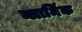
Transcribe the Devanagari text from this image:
व्लामिंक